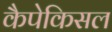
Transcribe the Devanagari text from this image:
कैपेकिसल